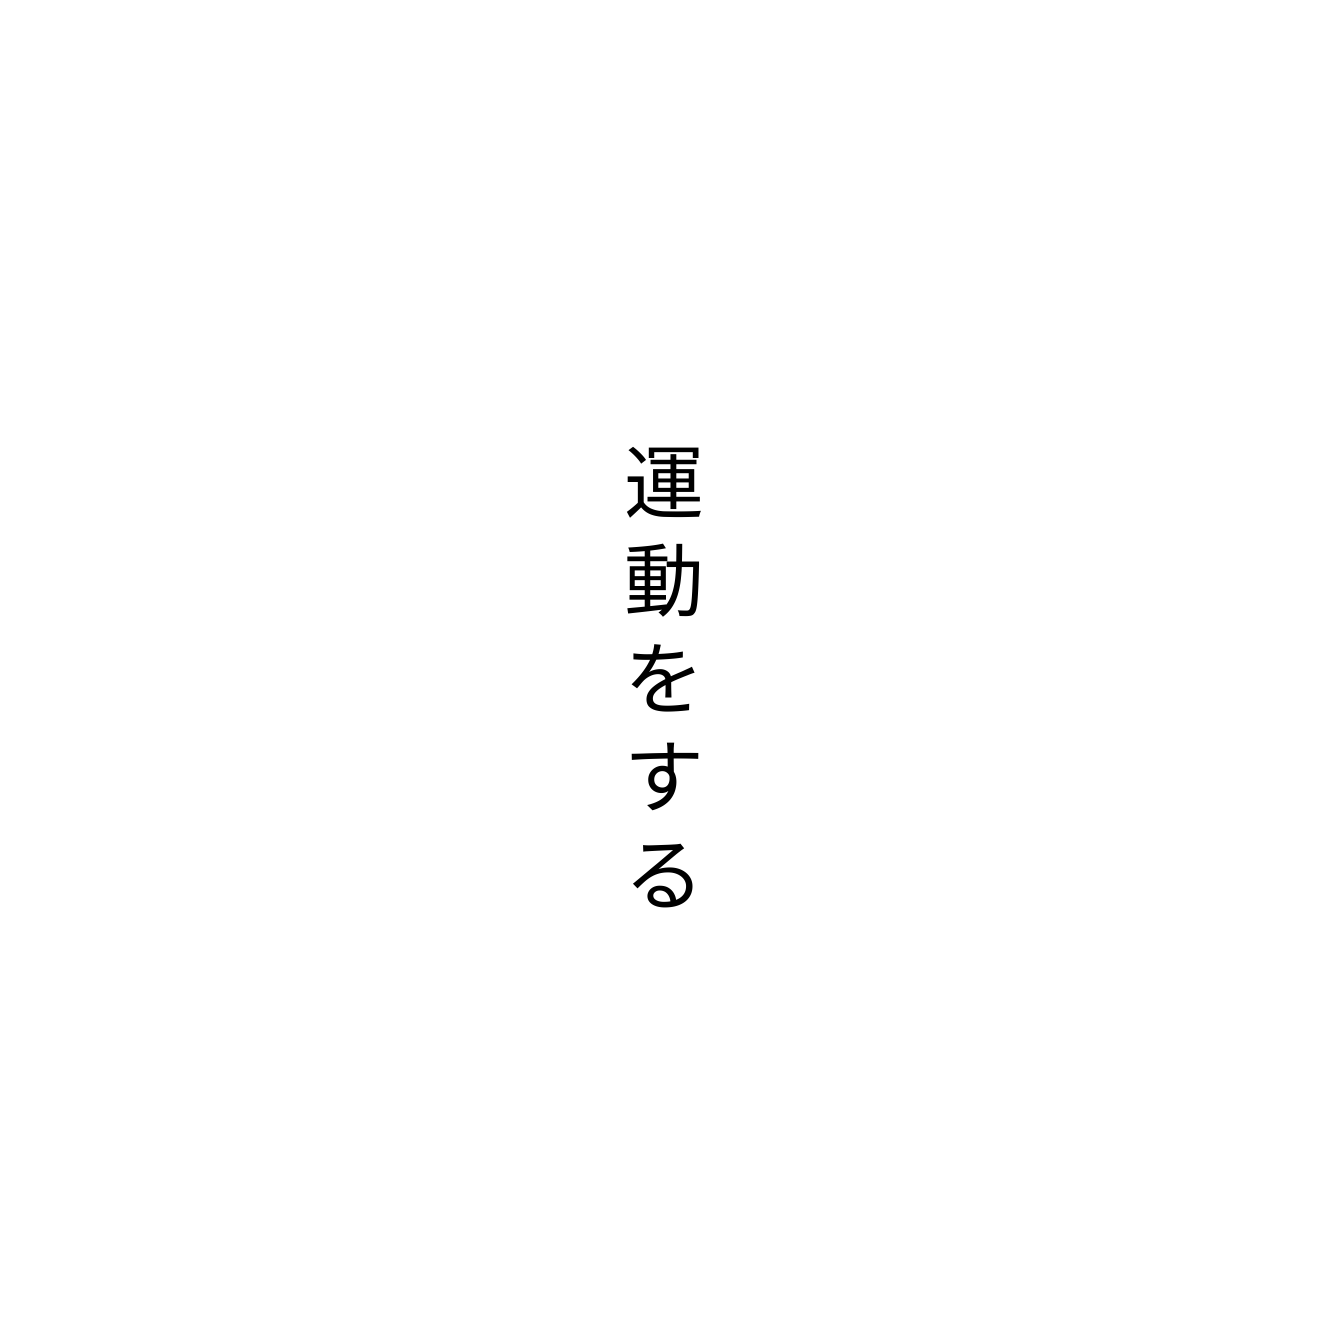
運動をする